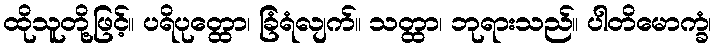
ထိုသူတို့ဖြင့်။ ပရိပုတ္ထော၊ ခြံရံလျက်။ သတ္ထာ၊ ဘုရားသည်။ ပါတိမောက္ခံ၊